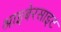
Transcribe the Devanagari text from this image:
श्राइबेरसाइट